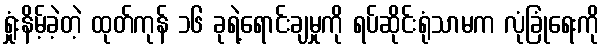
ရှုံးနိမ့်ခဲ့တဲ့ ထုတ်ကုန် ၁၆ ခုရဲ့ရောင်းချမှုကို ရပ်ဆိုင်းရုံသာမက လုံခြုံရေးကို